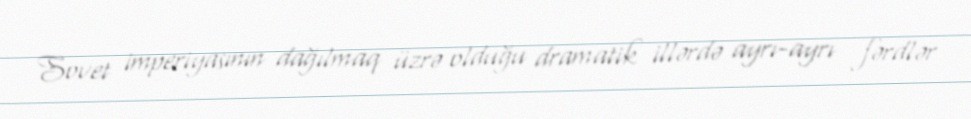
Sovet imperiyasının dağılmaq üzrə olduğu dramatik illərdə ayrı-ayrı fərdlər